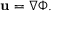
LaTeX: \mathbf { u } = \nabla \Phi .